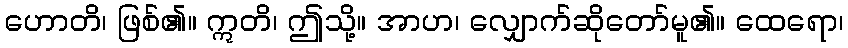
ဟောတိ၊ ဖြစ်၏။ ဣတိ၊ ဤသို့။ အာဟ၊ လျှောက်ဆိုတော်မူ၏။ ထေရော၊